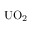
\mathrm { { U O } _ { 2 } }